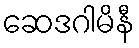
ဆေဒဂါမိနီ